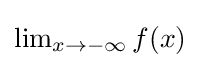
{\textstyle \lim _{x\to -\infty }f(x)}